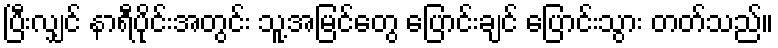
ပြီးလျှင် နာရီပိုင်းအတွင်း သူ့အမြင်တွေ ပြောင်းချင် ပြောင်းသွား တတ်သည်။